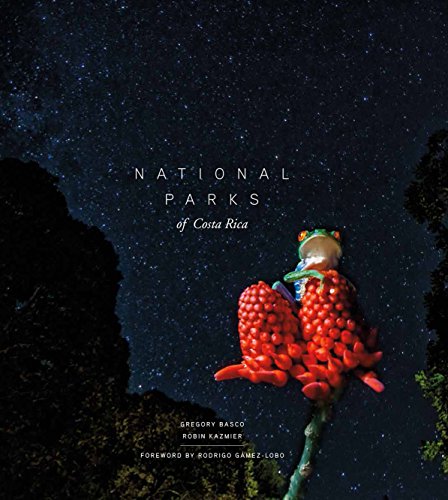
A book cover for National Parks of Costa Rica (Zona Tropical Publications); Gregory Basco; Travel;